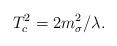
LaTeX: \begin{align*}T^2_c=2 m^2_{\sigma }/\lambda .\end{align*}